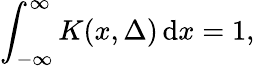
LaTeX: \int_{-\infty}^{\infty}K(x,\Delta)\, \mathrm{d}x=1,